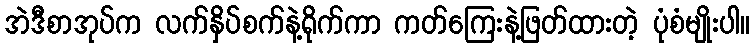
အဲဒီစာအုပ်က လက်နှိပ်စက်နဲ့ရိုက်ကာ ကတ်ကြေးနဲ့ဖြတ်ထားတဲ့ ပုံစံမျိုးပါ။